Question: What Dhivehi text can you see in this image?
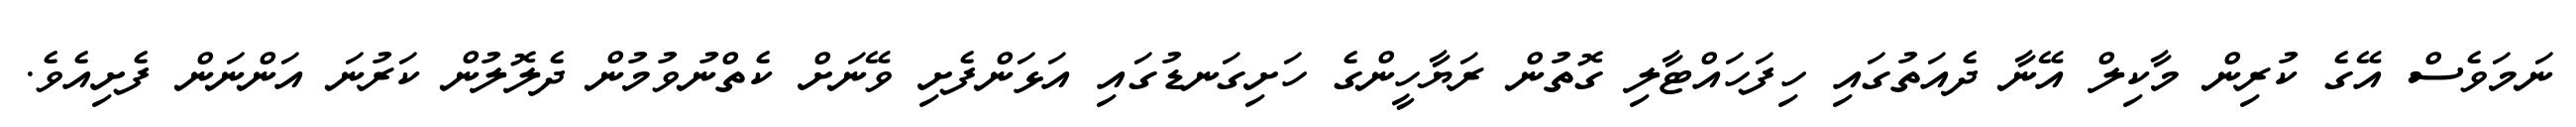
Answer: ނަމަވެސް އޭގެ ކުރިން މާކިލް އޭނާ ދެއަތުގައި ހިފަހައްޓާލި ގޮތުން ރަޔާހީންގެ ހަށިގަނޑުގައި އަޅަންފެށި ވޭނަށް ކެތްނުވުމުން ދެލޮލުން ކަރުނަ އަންނަން ފެށިއެވެ.